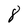
Character: 8